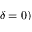
\delta = 0 )